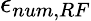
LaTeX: \epsilon_{num,RF}